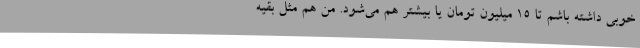
خوبی داشته باشم تا 15 میلیون تومان یا بیشتر هم می‌شود. من هم مثل بقیه